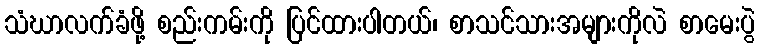
သံဃာလက်ခံဖို့ စည်းကမ်းကို ပြင်ထားပါတယ်၊ စာသင်သားအများကိုလဲ စာမေးပွဲ